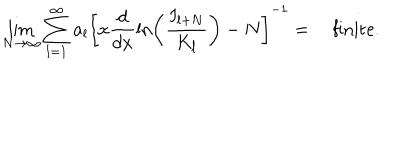
\lim _ { N \rightarrow \infty } \sum _ { l = 1 } ^ { \infty } a _ { l } \left[ x \displaystyle \frac { d } { d x } \ln \left( \displaystyle \frac { I _ { l + N } } { K _ { l } } \right) - N \right] ^ { - 1 } = \quad \mathrm { f i n i t e } .